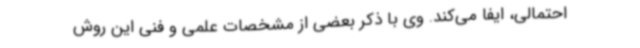
احتمالی، ایفا می‌کند. وی با ذکر بعضی از مشخصات علمی و فنی این روش